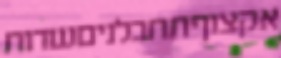
אקצוףתחבלניםשדות